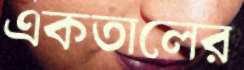
একতালের